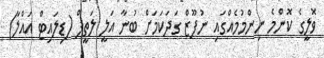
ވޮލީގެ ކޮންމެ ނިންމުމެއްގައި ނުފޫޒް ގަދަކަމަށް ބުނާ އަލީ ލަތީފް (ޑިލައިޓް އައްލާ)